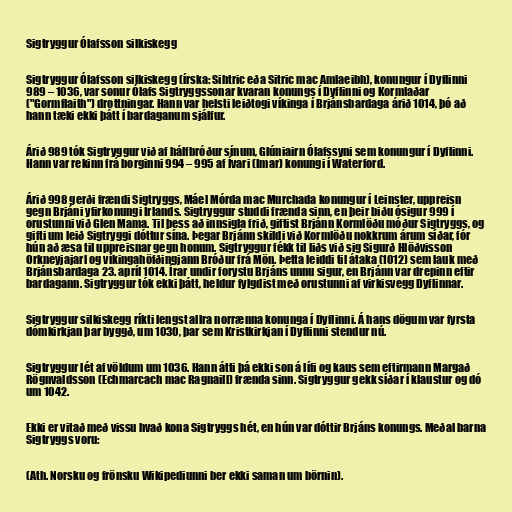
Sigtryggur Ólafsson silkiskegg

Sigtryggur Ólafsson silkiskegg (írska: Sihtric eða Sitric mac Amlaeibh), konungur í Dyflinni
989 – 1036, var sonur Ólafs Sigtryggssonar kvaran konungs í Dyflinni og Kormlaðar
("Gormflaith") drottningar. Hann var helsti leiðtogi víkinga í Brjánsbardaga árið 1014, þó að
hann tæki ekki þátt í bardaganum sjálfur.

Árið 989 tók Sigtryggur við af hálfbróður sínum, Glúniairn Ólafssyni sem konungur í Dyflinni.
Hann var rekinn frá borginni 994 – 995 af Ívari (Imar) konungi í Waterford.

Árið 998 gerði frændi Sigtryggs, Máel Mórda mac Murchada konungur í Leinster, uppreisn
gegn Brjáni yfirkonungi Írlands. Sigtryggur studdi frænda sinn, en þeir biðu ósigur 999 í
orustunni við Glen Mama. Til þess að innsigla frið, giftist Brjánn Kormlöðu móður Sigtryggs, og
gifti um leið Sigtryggi dóttur sína. Þegar Brjánn skildi við Kormlöðu nokkrum árum síðar, fór
hún að æsa til uppreisnar gegn honum. Sigtryggur fékk til liðs við sig Sigurð Hlöðvisson
Orkneyjajarl og víkingahöfðingjann Bróður frá Mön. Þetta leiddi til átaka (1012) sem lauk með
Brjánsbardaga 23. apríl 1014. Írar undir forystu Brjáns unnu sigur, en Brjánn var drepinn eftir
bardagann. Sigtryggur tók ekki þátt, heldur fylgdist með orustunni af virkisvegg Dyflinnar.

Sigtryggur silkiskegg ríkti lengst allra norrænna konunga í Dyflinni. Á hans dögum var fyrsta
dómkirkjan þar byggð, um 1030, þar sem Kristkirkjan í Dyflinni stendur nú.

Sigtryggur lét af völdum um 1036. Hann átti þá ekki son á lífi og kaus sem eftirmann Margað
Rögnvaldsson (Echmarcach mac Ragnaill) frænda sinn. Sigtryggur gekk síðar í klaustur og dó
um 1042.

Ekki er vitað með vissu hvað kona Sigtryggs hét, en hún var dóttir Brjáns konungs. Meðal barna
Sigtryggs voru:

(Ath. Norsku og frönsku Wikipediunni ber ekki saman um börnin).